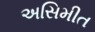
અસિમીત